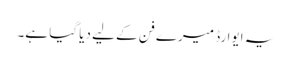
یہ ایوارڈ میرے فن کے لیے دیا گیا ہے۔